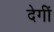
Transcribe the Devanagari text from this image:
देगीं